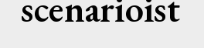
scenarioist